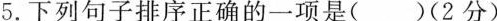
5.下列句子排序正确的一项是()(2分)